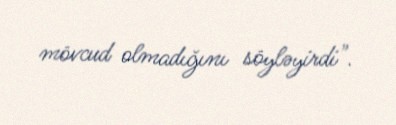
mövcud olmadığını söyləyirdi".